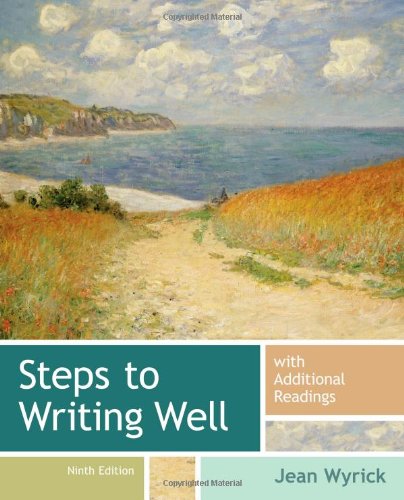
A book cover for Steps to Writing Well with Additional Readings; Jean Wyrick; Test Preparation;